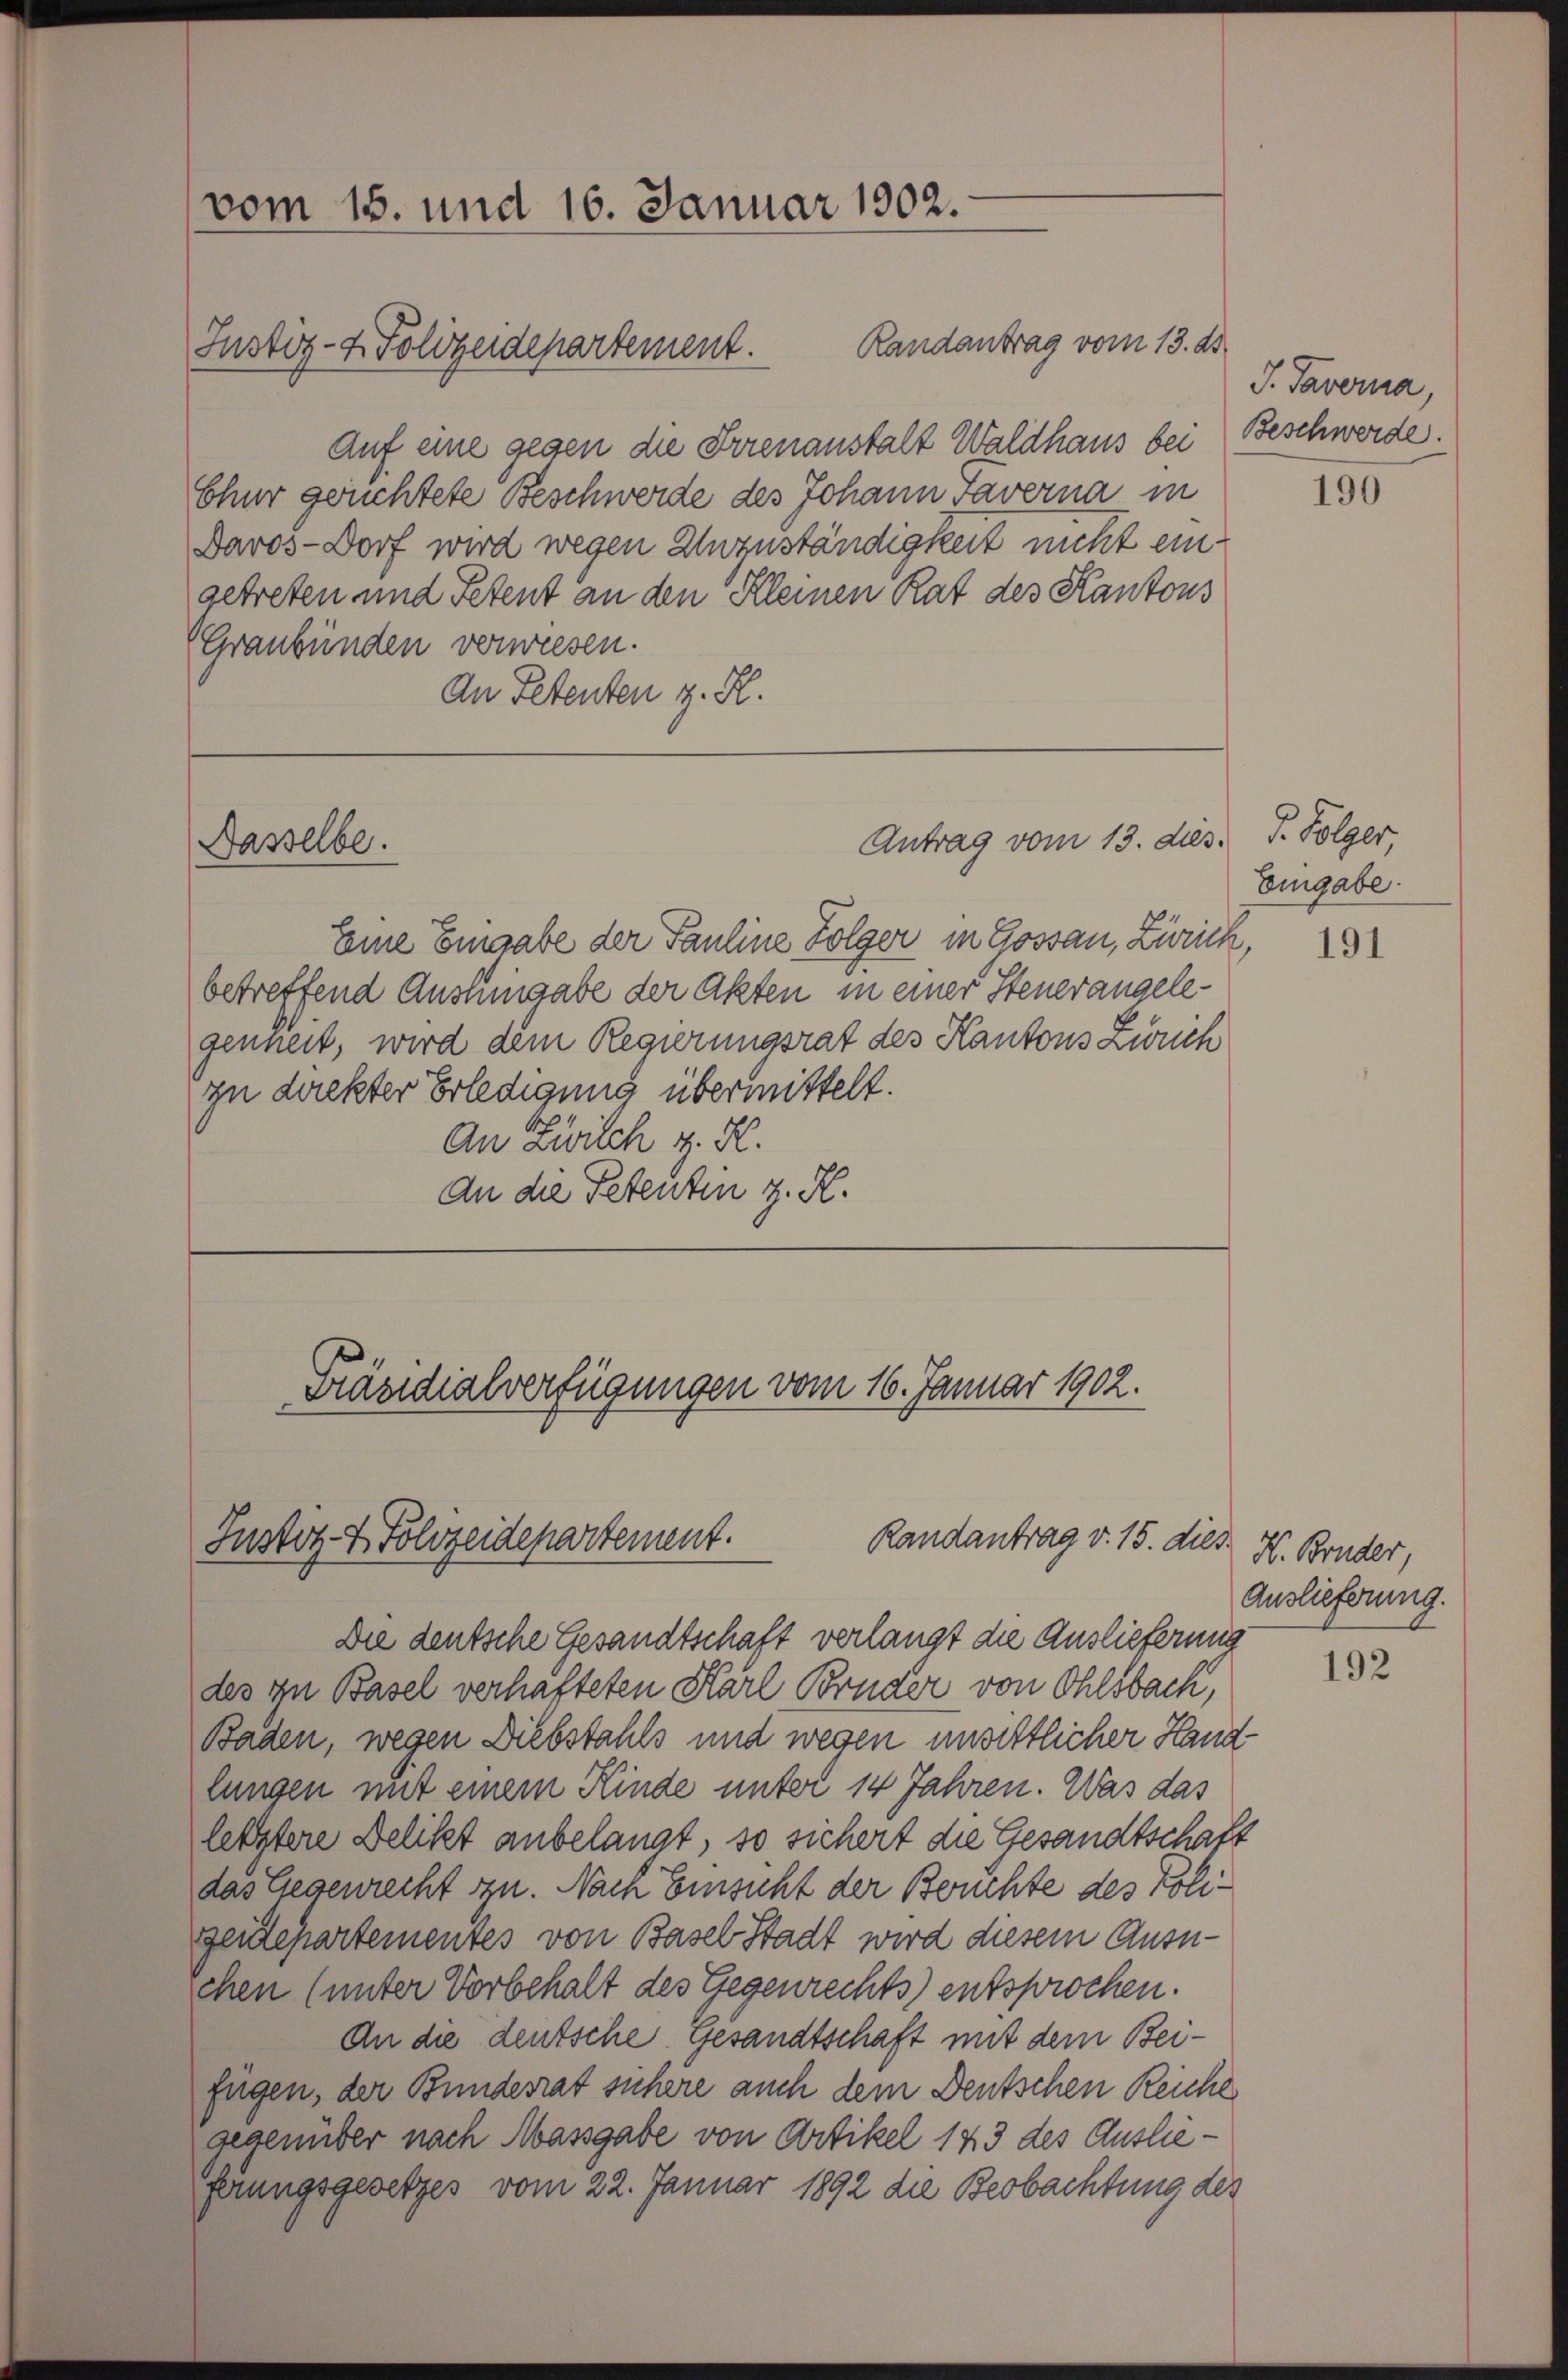
vom 15. und 16. Januar 1902.
Justiz- & Polizeidepartement.

Auf eine gegen die Frienanstalt Waldhaus bei
Chur gerichtete Beschwerde des Johann Taverna in
Davos-Dorf wird wegen Unzuständigkeit nicht eingetreten und Petent an den Kleinen Rat des Kantons
(Graubünden verwiesen.
An Petenten z. R.

Nasselbe.

Eine Eingabe der Pauline Folger in Gossau, Zürich,
betreffend Aushingabe der Akten in einer Steuerangelegenheit, wird dem Regierungsrat des Kantons Zweck
zu direkter Erledigung übermittelt.
An Zwilch z. R.
An die Petentin z. K.

Randantrag vom 13. ds.

Antrag vom 13. dies. P. Folger

Präsidialverfügungen vom 16. Januar 1902.
Randantrag v. 15. dies
Justiz & Polizeidepartement.
Die deutsche Gesandtschaft verlangt die Auslieferung

des zu Basel verhafteten Karl Bruder von Ohlsbach,
Baden, wegen Diebstahls und wegen unsittlicher Hand
lungen mit einem Kinde unter 14 Jahren. Was das
letztere Delikt anbelangt, so sichert die Gesandtschaft
das Gegenrecht zu. Nach Einsicht der Beuchte des Poligendepartementes von Basel Stadt wird diesem Ausu-
chen (unter Vorbehalt des Gegenrechts) entsprochen.
An die deutsche Gesandtschaft mit dem Beifügen, der Bundesrat sichere auch dem Deutschen Reiche
gegenüber nach Massgabe von Artikel 143 des Auslieferungsgesetzes vom 22. Januar 1892 die Beobachtung des

J. Taverna,
Beschwerde.

190

Eingabe.
191

H. Bonder,
Auslieferung.

192